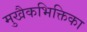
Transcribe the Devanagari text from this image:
मुखैकभिक्तिका